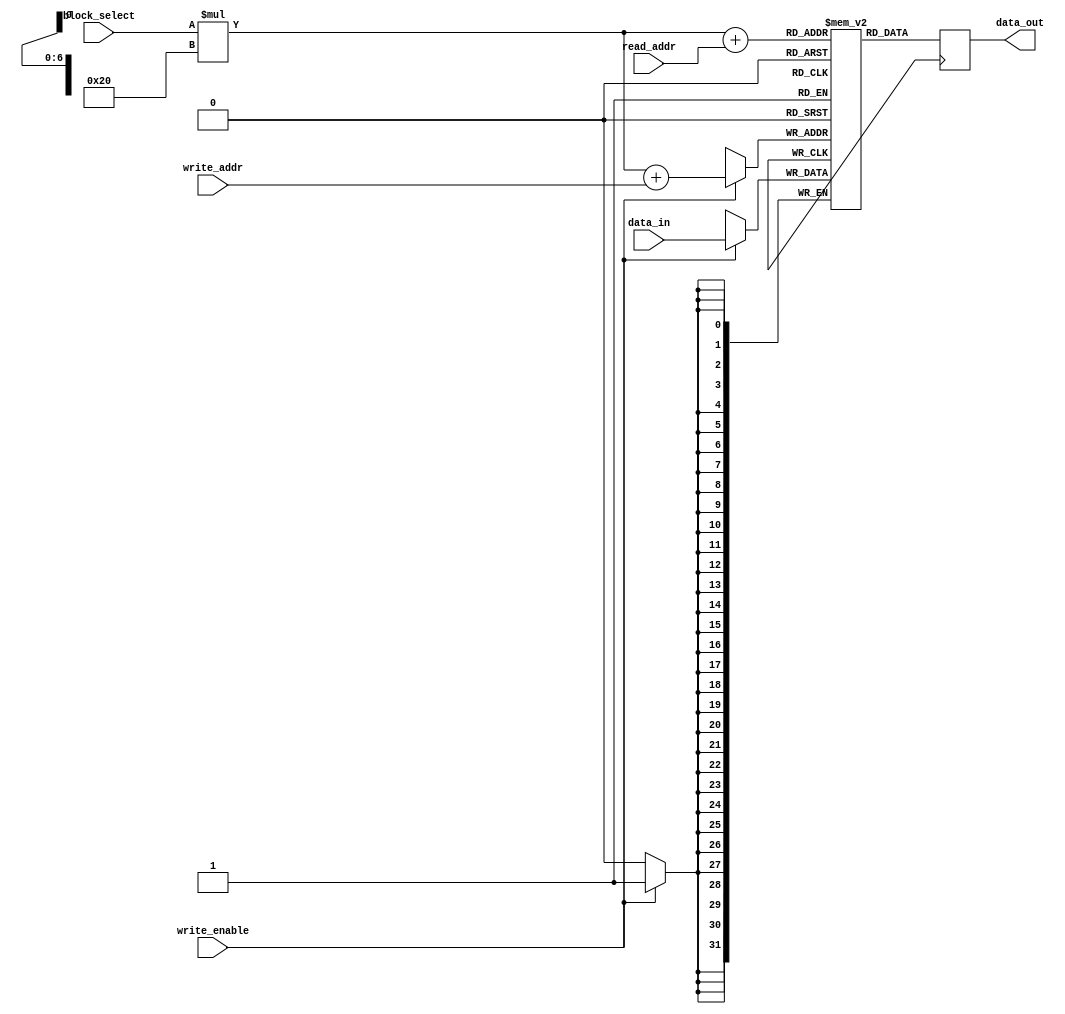
module MemoryBlocksStack_RF #(
    parameter NUM_BLOCKS = 4, // Number of memory blocks stacked
    parameter REGS_PER_BLOCK = 32 // Number of registers per block
)(
    input wire [31:0] data_in,
    input wire [4:0] block_select,
    input wire [4:0] read_addr,
    input wire [4:0] write_addr,
    input wire write_enable,
    output reg [31:0] data_out
);

reg [31:0] memory[NUM_BLOCKS][REGS_PER_BLOCK];

always @ (posedge clk) begin
    if (write_enable) begin
        memory[block_select][write_addr] <= data_in;
    end
    
    data_out <= memory[block_select][read_addr];
end

endmodule